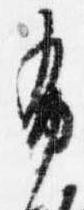
布